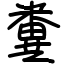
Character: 糞